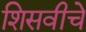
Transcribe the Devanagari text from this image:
शिसवीचे